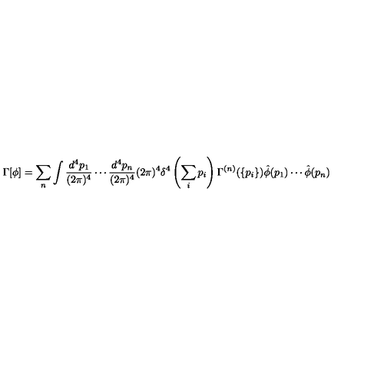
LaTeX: \Gamma [ \phi ] = \sum _ { n } \int \frac { d ^ { 4 } p _ { 1 } } { ( 2 \pi ) ^ { 4 } } \cdots \frac { d ^ { 4 } p _ { n } } { ( 2 \pi ) ^ { 4 } } ( 2 \pi ) ^ { 4 } \delta ^ { 4 } \left( \sum _ { i } p _ { i } \right) \Gamma ^ { ( n ) } ( \{ p _ { i } \} ) \hat { \phi } ( p _ { 1 } ) \cdots \hat { \phi } ( p _ { n } )